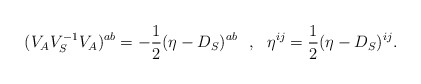
\begin{align*}(V_AV_S^{-1}V_A)^{ab}=-{1\over2}(\eta-D_S)^{ab}\,\,\,\,,\,\,\,\,\eta^{ij}={1\over2}(\eta-D_S)^{ij}.\end{align*}